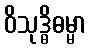
ဝိသုဒ္ဓိဓမ္မာ